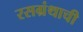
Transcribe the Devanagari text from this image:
रसग्रंथाची